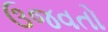
ઉજવતો